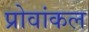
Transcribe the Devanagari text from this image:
प्रोवांकल